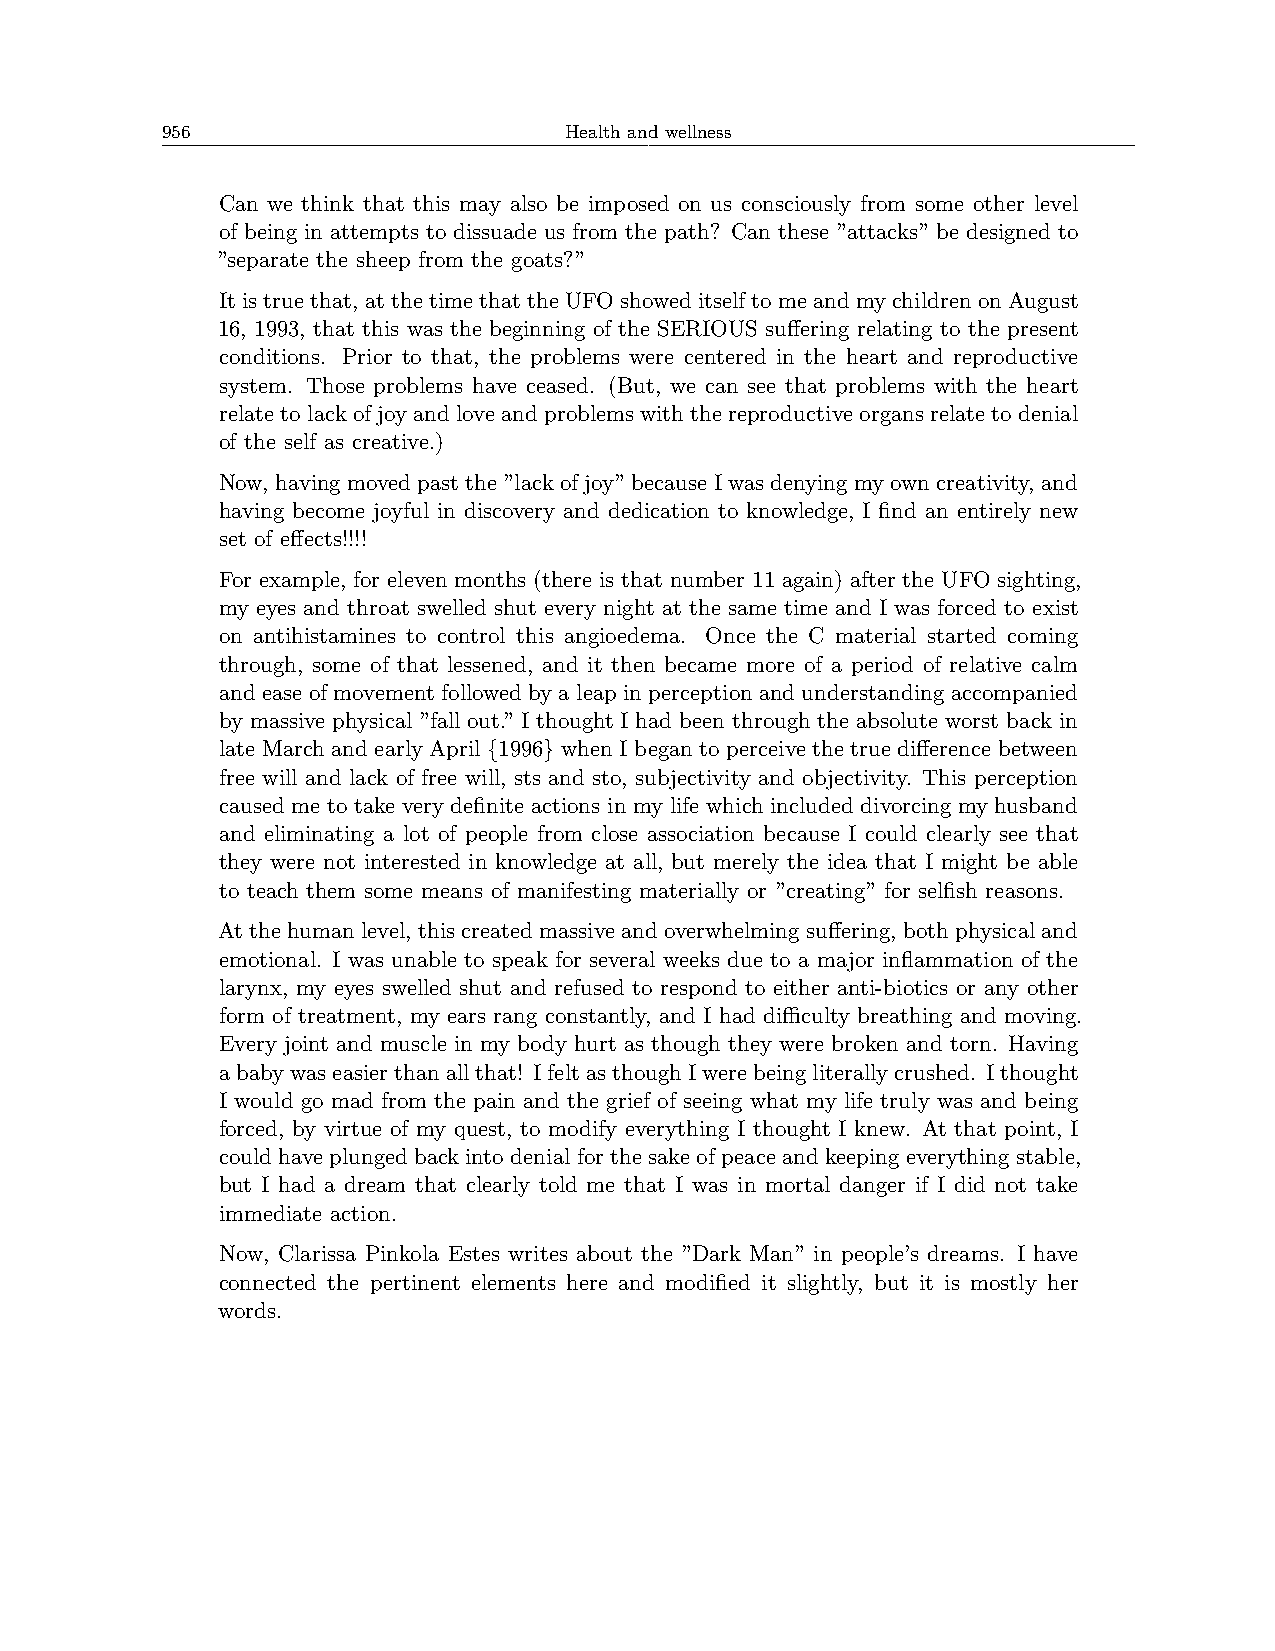
956                       Health and wellness
 Can we think that this may also be imposed on us consciously from some other level
 of being in attempts to dissuade us from the path? Can these ”attacks” be designed to
 ”separate the sheep from the goats?”
 Itistrue that, atthetime thatthe UFOshoweditself tomeand mychildrenon August
 16, 1993, that this was the beginning of the SERIOUS suffering relating to the present
 conditions. Prior to that, the problems were centered in the heart and reproductive
 system. Those problems have ceased. (But, we can see that problems with the heart
 relate to lack of joy and love and problems with the reproductive organs relate to denial
 of the self as creative.)
 Now, havingmovedpastthe ”lackof joy”because Iwasdenyingmyowncreativity, and
 having become joyful in discovery and dedication to knowledge, I find an entirely new
 set of effects!!!!
 For example, for eleven months (there is that number 11 again) after the UFO sighting,
 my eyes and throat swelled shut every night at the same time and I was forced to exist
 on antihistamines to control this angioedema. Once the C material started coming
 through, some of that lessened, and it then became more of a period of relative calm
 and ease of movement followed by a leap in perception and understanding accompanied
 by massive physical ”fall out.” I thought I had been through the absolute worst back in
 late March and early April {1996} when I began to perceive the true difference between
 free will and lack of free will, sts and sto, subjectivity and objectivity. This perception
 caused me to take very definite actions in my life which included divorcing my husband
 and eliminating a lot of people from close association because I could clearly see that
 they were not interested in knowledge at all, but merely the idea that I might be able
 to teach them some means of manifesting materially or ”creating” for selfish reasons.
 Atthehumanlevel, thiscreatedmassiveandoverwhelmingsuffering, bothphysicaland
 emotional. I was unable to speak for several weeks due to a major inflammation of the
 larynx, my eyes swelled shut and refused to respond to either anti-biotics or any other
 form of treatment, my ears rang constantly, and I had diﬀiculty breathing and moving.
 Every joint and muscle in my body hurt as though they were broken and torn. Having
 ababywaseasierthanallthat! IfeltasthoughIwerebeingliterallycrushed. Ithought
 I would go mad from the pain and the grief of seeing what my life truly was and being
 forced, by virtue of my quest, to modify everything I thought I knew. At that point, I
 could have plunged back into denial for the sake of peace and keeping everything stable,
 but I had a dream that clearly told me that I was in mortal danger if I did not take
 immediate action.
 Now, Clarissa Pinkola Estes writes about the ”Dark Man” in people’s dreams. I have
 connected the pertinent elements here and modified it slightly, but it is mostly her
 words.